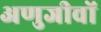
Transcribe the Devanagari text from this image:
अणुजीवों